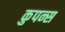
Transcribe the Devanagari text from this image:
कुपन्स